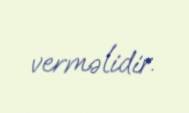
verməlidir.